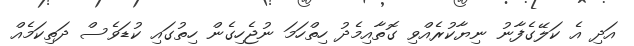
އަދި އެ ކަލޭގެފާނު ނިޔާކުރެއްވި ގޮތާއިމެދު ހިތްހަމަ ނުޖެހިގެން ހިތުގައި ކުޑަވެސް ދަތިކަމެއް